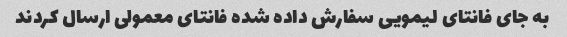
به جای فانتای لیمویی سفارش داده شده فانتای معمولی ارسال کردند